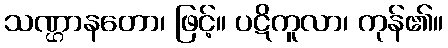
သဏ္ဌာနတော၊ ဖြင့်။ ပဋိကူလာ၊ ကုန်၏။